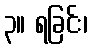
၃။ ရခြင်း၊